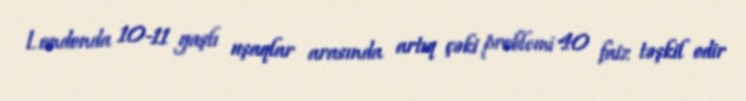
Londonda 10-11 yaşlı uşaqlar arasında artıq çəki problemi 40 faiz təşkil edir